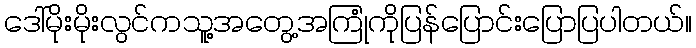
ဒေါ်မိုးမိုးလွင်ကသူ့အတွေ့အကြုံကိုပြန်ပြောင်းပြောပြပါတယ်။